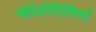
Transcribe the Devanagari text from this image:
व्होलोदिमिर्ना